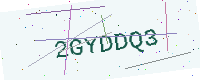
Text: 2GYDDQ3